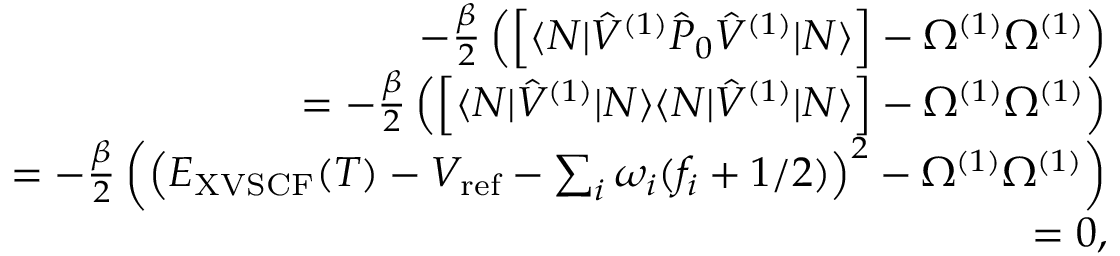
\begin{array} { r l r } & { } & { - \frac { \beta } { 2 } \left( \Big [ \langle N | \hat { V } ^ { ( 1 ) } \hat { P } _ { 0 } \hat { V } ^ { ( 1 ) } | N \rangle \Big ] - \Omega ^ { ( 1 ) } \Omega ^ { ( 1 ) } \right) } \\ & { } & { = - \frac { \beta } { 2 } \left( \Big [ \langle N | \hat { V } ^ { ( 1 ) } | N \rangle \langle N | \hat { V } ^ { ( 1 ) } | N \rangle \Big ] - \Omega ^ { ( 1 ) } \Omega ^ { ( 1 ) } \right) } \\ & { } & { = - \frac { \beta } { 2 } \left( \left( E _ { \mathrm { X V S C F } } ( T ) - V _ { \mathrm { r e f } } - \sum _ { i } \omega _ { i } ( f _ { i } + 1 / 2 ) \right) ^ { 2 } - \Omega ^ { ( 1 ) } \Omega ^ { ( 1 ) } \right) } \\ & { } & { = 0 , } \end{array}